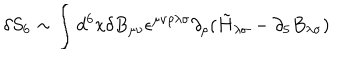
\delta S _ { 6 } \sim \int d ^ { 6 } x \delta B _ { \mu \nu } \epsilon ^ { \mu \nu \rho \lambda \sigma } \partial _ { \rho } ( \tilde { H } _ { \lambda \sigma } - \partial _ { 5 } B _ { \lambda \sigma } )